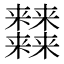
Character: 𰙉